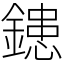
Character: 𨫑